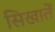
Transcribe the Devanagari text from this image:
सिखातें